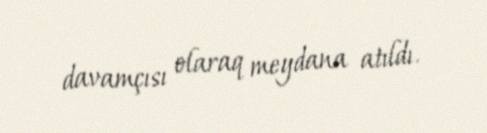
davamçısı olaraq meydana atıldı.